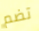
تضم